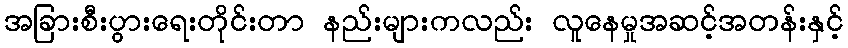
အခြားစီးပွားရေးတိုင်းတာ နည်းများကလည်း လူနေမှုအဆင့်အတန်းနှင့်